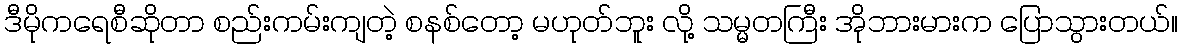
ဒီမိုကရေစီဆိုတာ စည်းကမ်းကျတဲ့ စနစ်တော့ မဟုတ်ဘူး လို့ သမ္မတကြီး အိုဘားမားက ပြောသွားတယ်။